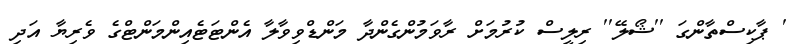
' ޕާކިސްތާންގަ ''ޝޯލޭ'' ރިލީސް ކުރުމަށް ރާވަމުންގެންދާ މަންޑްވިވާލާ އެންޓަޓެއިންމަންޓްގެ ވެރިޔާ އަދި